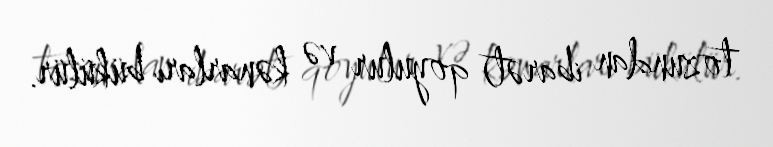
tozundan ibarət) qoyulur və kənarları bükülür.